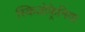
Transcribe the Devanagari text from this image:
स्किज़ोफ़्रेनिया